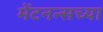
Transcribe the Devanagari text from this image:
मेंटनन्सच्या